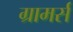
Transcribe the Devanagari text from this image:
ग्रामर्स